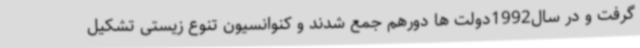
گرفت و در سال1992دولت ها دورهم جمع شدند و کنوانسیون تنوع زیستی تشکیل